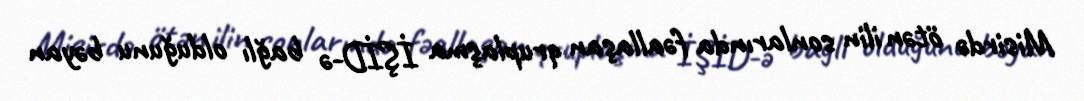
Misirdə ötən ilin sonlarında fəallaşan qruplaşma İŞİD-ə bağlı olduğunu bəyan